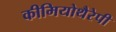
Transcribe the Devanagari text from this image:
कीमियोथैरेपी